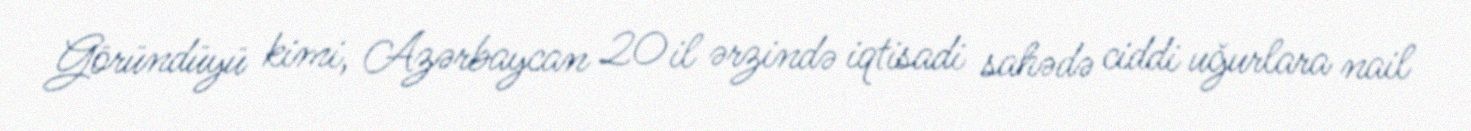
Göründüyü kimi, Azərbaycan 20 il ərzində iqtisadi sahədə ciddi uğurlara nail